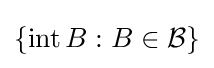
\{\operatorname {int} B:B\in {\mathcal {B}}\}